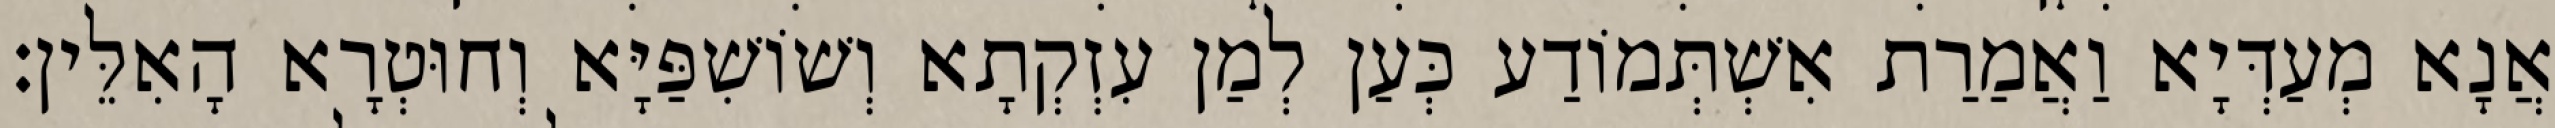
אֲנָא מְעַדְּיָא וַאֲמַרַת אִשְׁתְּמוֹדַע כְּעַן לְמַן עִזְקְתָא וְשׁוֹשִׁפַּיָּא וְחוּטְרָא הָאִלֵּין׃